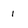
Character: i